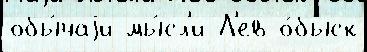
обы́чаjи мы́сл'и Л'ев о́быск